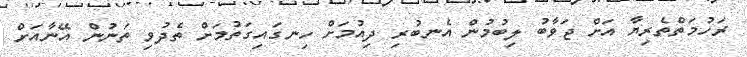
ރަހުމަތްތެރިޔާ އަށް ޖަވާބު ލިބުމުން އެނބުރި ދިއުމަށް ހިނގައިގަތުމަށް ތެދުވި ތަނުން އޭނާއަށް